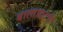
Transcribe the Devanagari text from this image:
बालाघाटची